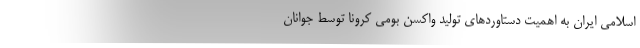
اسلامی ایران به اهمیت دستاوردهای تولید واکسن بومی کرونا توسط جوانان